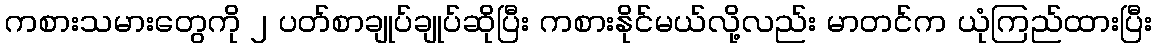
ကစားသမားတွေကို ၂ ပတ်စာချုပ်ချုပ်ဆိုပြီး ကစားနိုင်မယ်လို့လည်း မာတင်က ယုံကြည်ထားပြီး